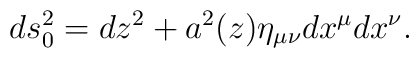
ds^2_0=dz^2 + a^2(z)\eta_{\mu\nu}dx^{\mu}dx^{\nu}.